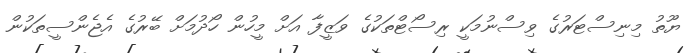
ޔޫތު މިނިސްޓަރުގެ ވިސްނުމަކީ ރިސޯޓްތަކުގެ ވަޒީފާ އަށް މީހުން ހޯދުމަށް ބޭރުގެ އެޖެންސީތަކުން